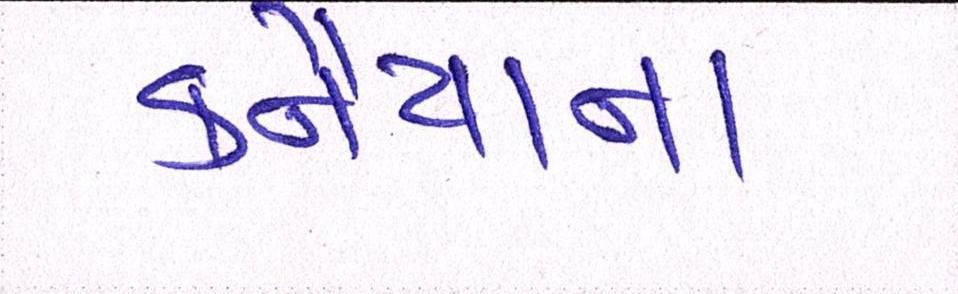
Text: કનૈયાના